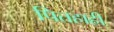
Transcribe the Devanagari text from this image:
पितहाही